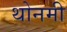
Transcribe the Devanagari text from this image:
थोनमी